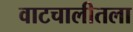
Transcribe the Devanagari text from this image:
वाटचालीतला